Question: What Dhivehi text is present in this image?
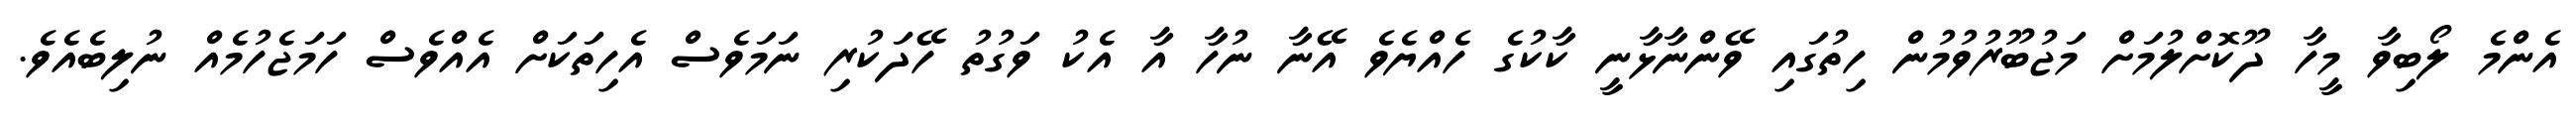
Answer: އެންމެ ލޯބިވާ މީހާ ދޫކޮށްލުމަށް މަޖުބޫރުވުމުން ހިތުގައި ވޭންނާޅާނީ ކާކުގެ ހެއްޔެވެ އޭނާ ނުހާ އާ އެކު ވަގުތު ހޭދަކުރި ނަމަވެސް އެހިތަކަށް އެއްވެސް ހަމަޖެހުމެއް ނުލިބެއެވެ.